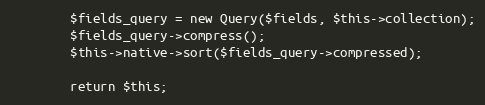
Language: PHP
        $fields_query = new Query($fields, $this->collection);
        $fields_query->compress();
        $this->native->sort($fields_query->compressed);

        return $this;